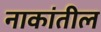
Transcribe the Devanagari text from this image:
नाकांतील